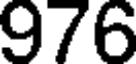
976